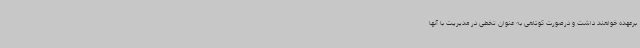
برعهده خواهند داشت و درصورت کوتاهی به عنوان تخطی در مدیریت با آنها